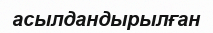
асылдандырылған